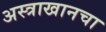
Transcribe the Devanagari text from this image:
अस्त्राखानचा